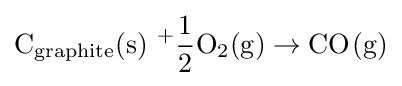
{\ce {C_{graphite}(s)\ +{\frac {1}{2}}O2(g)\to CO(g)}}